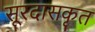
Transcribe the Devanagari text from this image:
सूरदासकृत